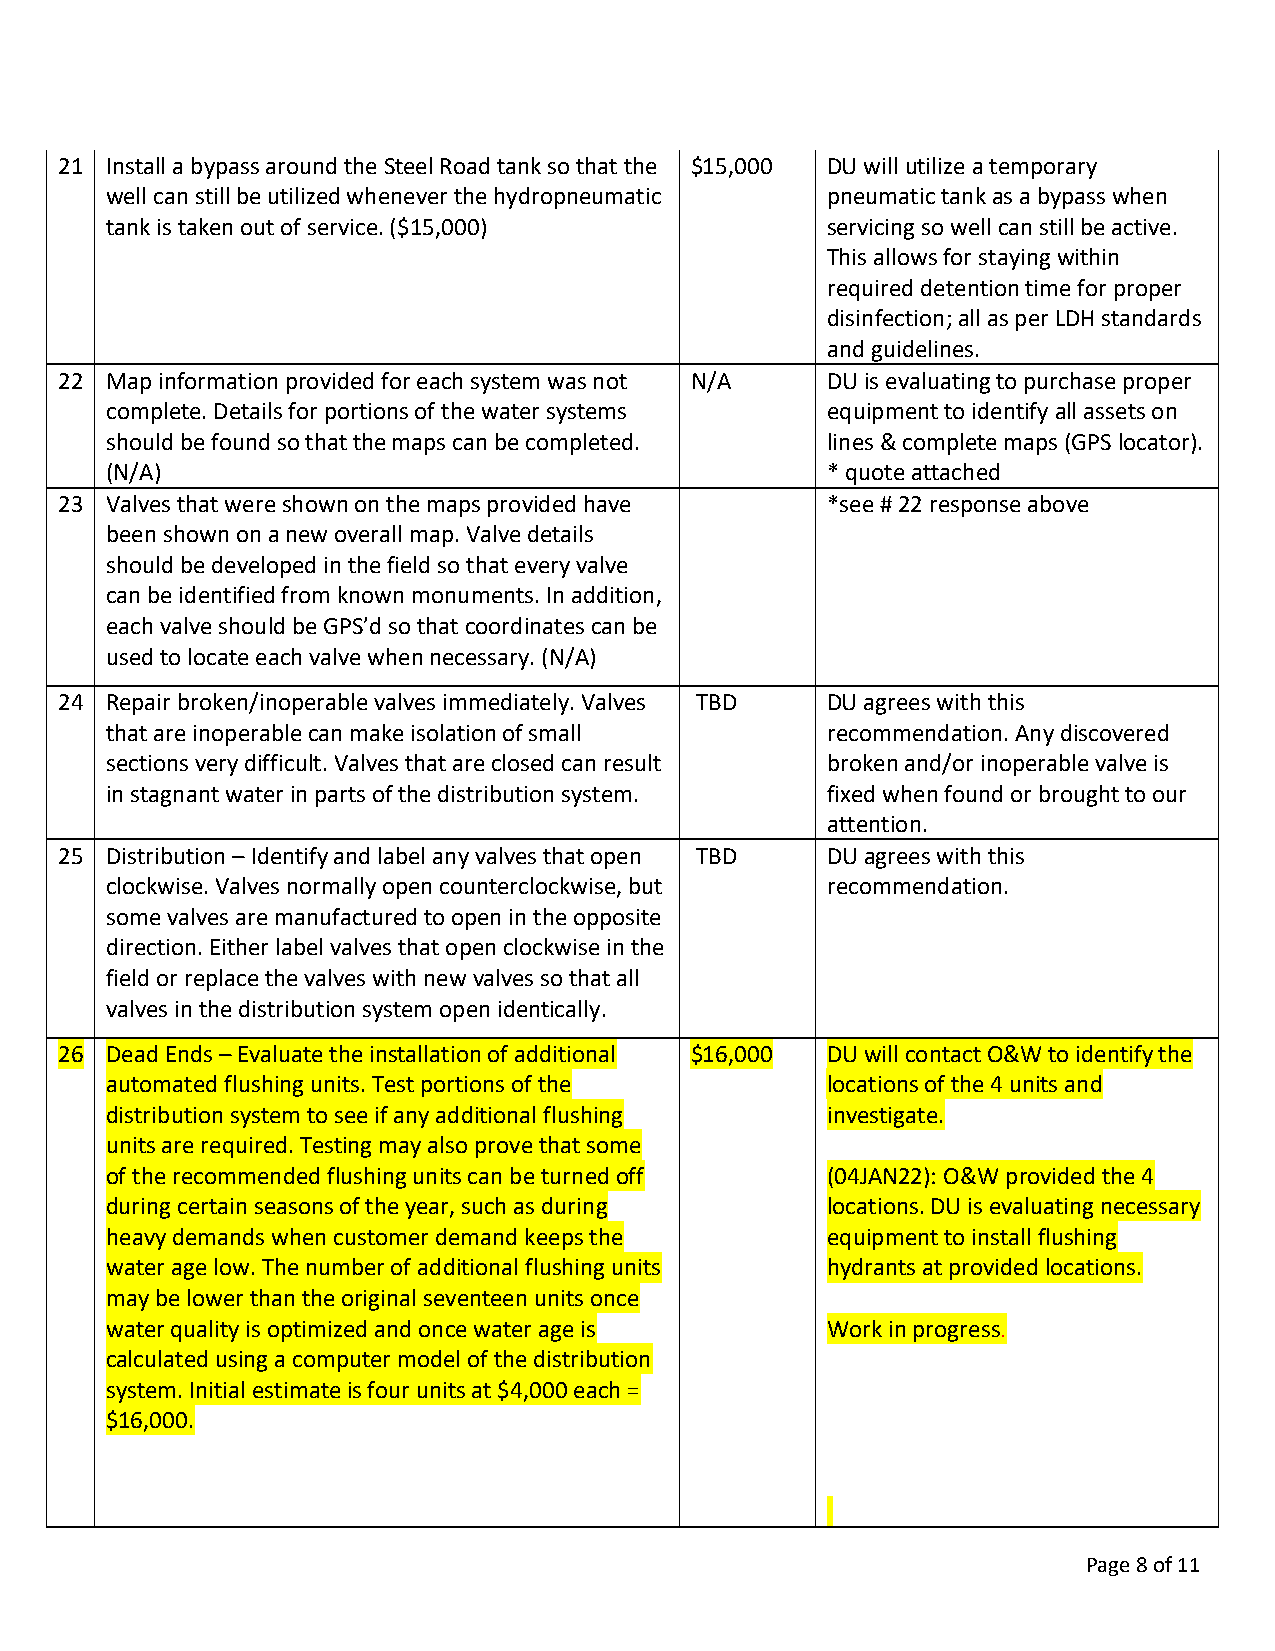
21 Install a bypass around the Steel Road tank so that the $15,000 DU will utilize a temporary
 well can still be utilized whenever the hydropneumatic pneumatic tank as a bypass when
 tank is taken out of service. ($15,000)         servicing so well can still be active.
 This allows for staying within
 required detention time for proper
 disinfection; all as per LDH standards
 and guidelines.
 22 Map information provided for each system was not N/A DU is evaluating to purchase proper
 complete. Details for portions of the water systems equipment to identify all assets on
 should be found so that the maps can be completed. lines & complete maps (GPS locator).
 (N/A)                                           * quote attached
 23 Valves that were shown on the maps provided have *see # 22 response above
 been shown on a new overall map. Valve details
 should be developed in the field so that every valve
 can be identified from known monuments. In addition,
 each valve should be GPS’d so that coordinates can be
 used to locate each valve when necessary. (N/A)
 24 Repair broken/inoperable valves immediately. Valves TBD DU agrees with this
 that are inoperable can make isolation of small recommendation. Any discovered
 sections very difficult. Valves that are closed can result broken and/or inoperable valve is
 in stagnant water in parts of the distribution system. fixed when found or brought to our
 attention.
 25 Distribution – Identify and label any valves that open TBD DU agrees with this
 clockwise. Valves normally open counterclockwise, but recommendation.
 some valves are manufactured to open in the opposite
 direction. Either label valves that open clockwise in the
 field or replace the valves with new valves so that all
 valves in the distribution system open identically.
 26 Dead Ends – Evaluate the installation of additional $16,000 DU will contact O&W to identify the
 automated flushing units. Test portions of the  locations of the 4 units and
 distribution system to see if any additional flushing investigate.
 units are required. Testing may also prove that some
 of the recommended flushing units can be turned off (04JAN22): O&W provided the 4
 during certain seasons of the year, such as during locations. DU is evaluating necessary
 heavy demands when customer demand keeps the    equipment to install flushing
 water age low. The number of additional flushing units hydrants at provided locations.
 may be lower than the original seventeen units once
 water quality is optimized and once water age is Work in progress.
 calculated using a computer model of the distribution
 system. Initial estimate is four units at $4,000 each =
 $16,000.
 Page 8 of 11